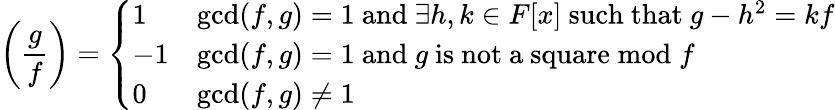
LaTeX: \left({\frac{g}{f}}\right)={\left\{ \begin{array}{ll}{1}&{\operatorname*{gcd}(f,g)=1{\mathrm{~and~}}\exists h,k\in F[x]{\mathrm{~such~that~}}g-h^{2}=kf}\\ {-1}&{\operatorname*{gcd}(f,g)=1{\mathrm{~and~}}g{\mathrm{~is~not~a~square}}{\bmod{f}}}\\ {0}&{\operatorname*{gcd}(f,g)\neq 1}\end{array}\right.}